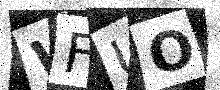
Text: WFUO